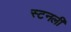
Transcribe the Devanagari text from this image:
स्टनली